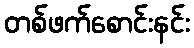
တစ်ဖက်စောင်းနင်း